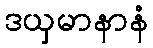
ဒယှမာနာနံ